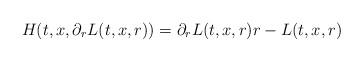
LaTeX: \begin{align*} H(t,x, \partial_rL(t,x,r)) = \partial_r L(t,x,r) r - L(t,x,r)\end{align*}